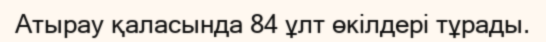
Атырау қаласында 84 ұлт өкілдері тұрады.